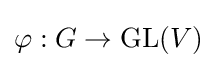
\varphi :G\rightarrow {\text{GL}}(V)